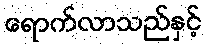
ရောက်လာသည်နှင့်